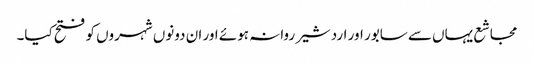
مجاشع یہاں سے سابور اور اردشیر روانہ ہوئے اور ان دونوں شہروں کو فتح کیا۔